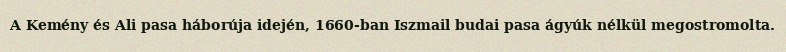
A Kemény és Ali pasa háborúja idején, 1660-ban Iszmail budai pasa ágyúk nélkül megostromolta.